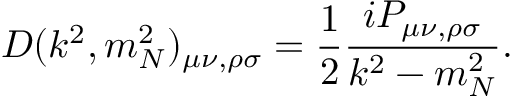
D ( k ^ { 2 } , m _ { N } ^ { 2 } ) _ { \mu \nu , \rho \sigma } = \frac { 1 } { 2 } \frac { i P _ { \mu \nu , \rho \sigma } } { k ^ { 2 } - m _ { N } ^ { 2 } } .